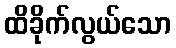
ထိခိုက်လွယ်သော